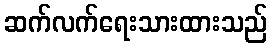
ဆက်လက်ရေးသားထားသည်